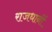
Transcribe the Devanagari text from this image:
राजधानीं